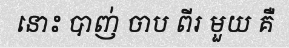
នោះ បាញ់ ចាប ពីរ មួយ គឺ